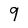
Character: 9